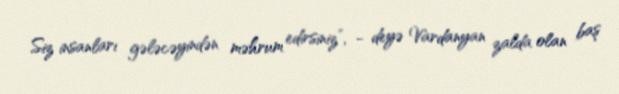
Siz insanları gələcəyindən məhrum edirsiniz”, - deyə Vardanyan zalda olan baş